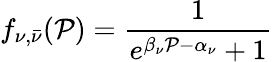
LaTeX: f_{\nu,\bar{\nu}}({\cal P})=\frac{1}{e^{\beta_{\nu}{\cal P}-\alpha_{\nu}}+1}